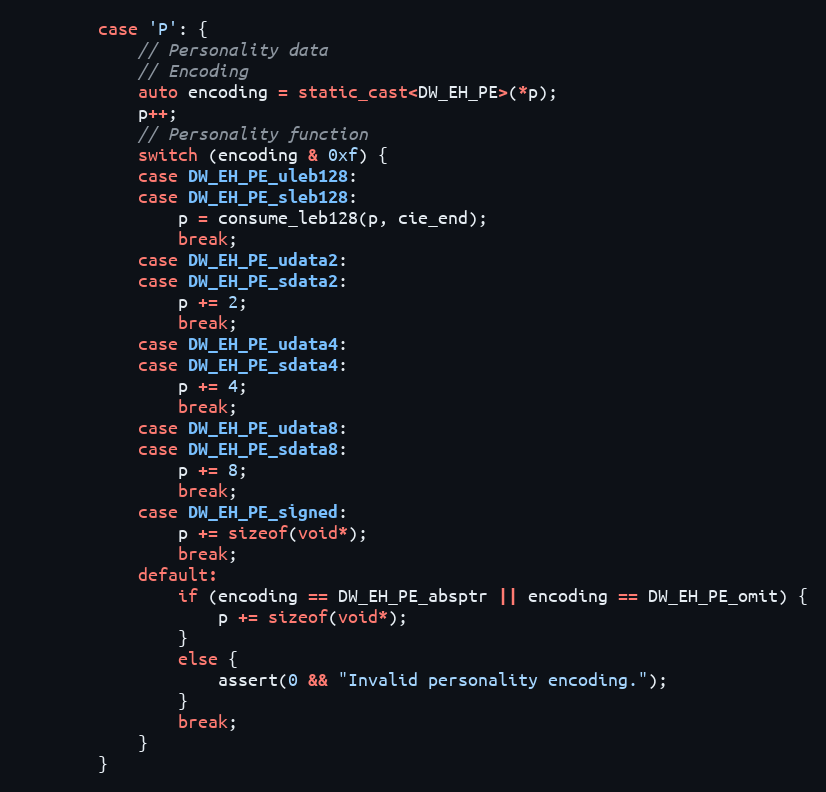
Language: C++
        case 'P': {
            // Personality data
            // Encoding
            auto encoding = static_cast<DW_EH_PE>(*p);
            p++;
            // Personality function
            switch (encoding & 0xf) {
            case DW_EH_PE_uleb128:
            case DW_EH_PE_sleb128:
                p = consume_leb128(p, cie_end);
                break;
            case DW_EH_PE_udata2:
            case DW_EH_PE_sdata2:
                p += 2;
                break;
            case DW_EH_PE_udata4:
            case DW_EH_PE_sdata4:
                p += 4;
                break;
            case DW_EH_PE_udata8:
            case DW_EH_PE_sdata8:
                p += 8;
                break;
            case DW_EH_PE_signed:
                p += sizeof(void*);
                break;
            default:
                if (encoding == DW_EH_PE_absptr || encoding == DW_EH_PE_omit) {
                    p += sizeof(void*);
                }
                else {
                    assert(0 && "Invalid personality encoding.");
                }
                break;
            }
        }